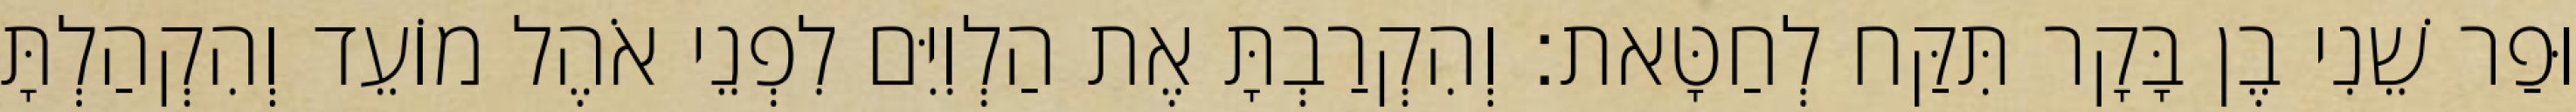
וּפַר שֵׁנִי בֶן בָּקָר תִּקַּח לְחַטָּאת׃ וְהִקְרַבְתָּ אֶת הַלְוִיִּם לִפְנֵי אֹהֶל מוֹעֵד וְהִקְהַלְתָּ